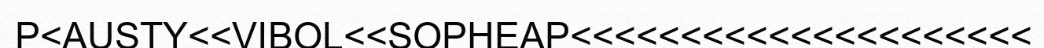
P<AUSTY<<VIBOL<<SOPHEAP<<<<<<<<<<<<<<<<<<<<<